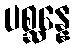
ပစ္ဆန္နေ